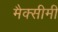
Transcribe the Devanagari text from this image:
मैक्सीमी